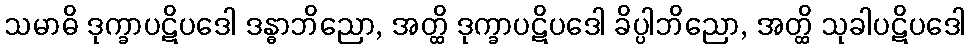
သမာဓိ ဒုက္ခာပဋိပဒေါ ဒန္ဓာဘိညော, အတ္ထိ ဒုက္ခာပဋိပဒေါ ခိပ္ပါဘိညော, အတ္ထိ သုခါပဋိပဒေါ